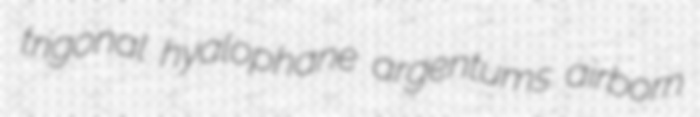
trigonal hyalophane argentums airborn